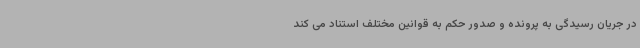
در جریان رسیدگی به پرونده و صدور حکم به قوانین مختلف استناد می کند